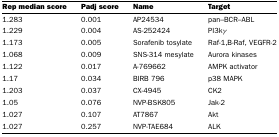
| Rep median score | Padj score | Name | Target |
 | --- | --- | --- | --- |
 | 1.283 | 0.001 | AP24534 | pan–BCR–ABL |
 | 1.229 | 0.004 | AS-252424 | PI3kγ |
 | 1.173 | 0.005 | Sorafenib tosylate | Raf-1,B-Raf, VEGFR-2 |
 | 1.068 | 0.009 | SNS-314 mesylate | Aurora kinases |
 | 1.122 | 0.017 | A-769662 | AMPK activator |
 | 1.17 | 0.034 | BIRB 796 | p38 MAPK |
 | 1.203 | 0.037 | CX-4945 | CK2 |
 | 1.05 | 0.076 | NVP-BSK805 | Jak-2 |
 | 1.027 | 0.107 | AT7867 | Akt |
 | 1.027 | 0.257 | NVP-TAE684 | ALK |